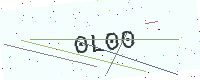
Text: 0L00